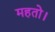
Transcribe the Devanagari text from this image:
महतो।